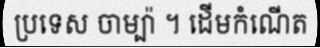
ប្រទេស ចាម្ប៉ា ។ ដើមកំណើត